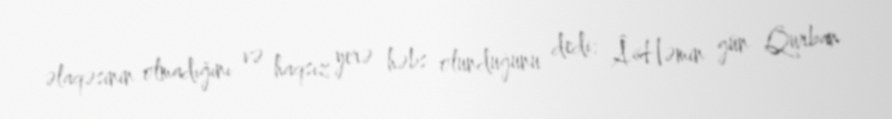
əlaqəsinin olmadığını və haqsız yerə həbs olunduğunu dedi: Â«Həmin gün Qurban